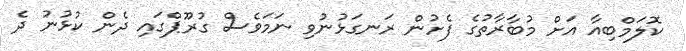
ކޮލަމްބިއާ އަށް މުބާރާތުގެ ފެށުން ރަނގަޅުނުވި ނަމަވެސް ގުރޫޕްގައި ދެން ކުޅުނު ދެ